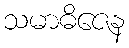
သမာဓိဇေန